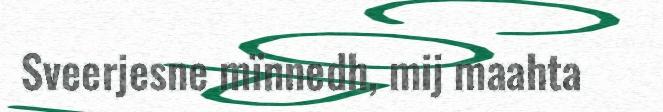
Sveerjesne mïnnedh, mij maahta